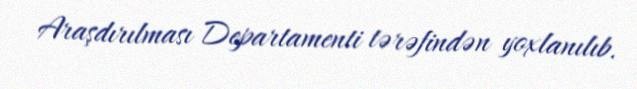
Araşdırılması Departamenti tərəfindən yoxlanılıb.